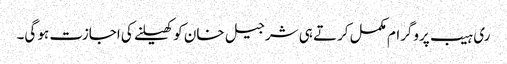
ری ہیب پروگرام مکمل کرتے ہی شرجیل خان کو کھیلنے کی اجازت ہو گی۔